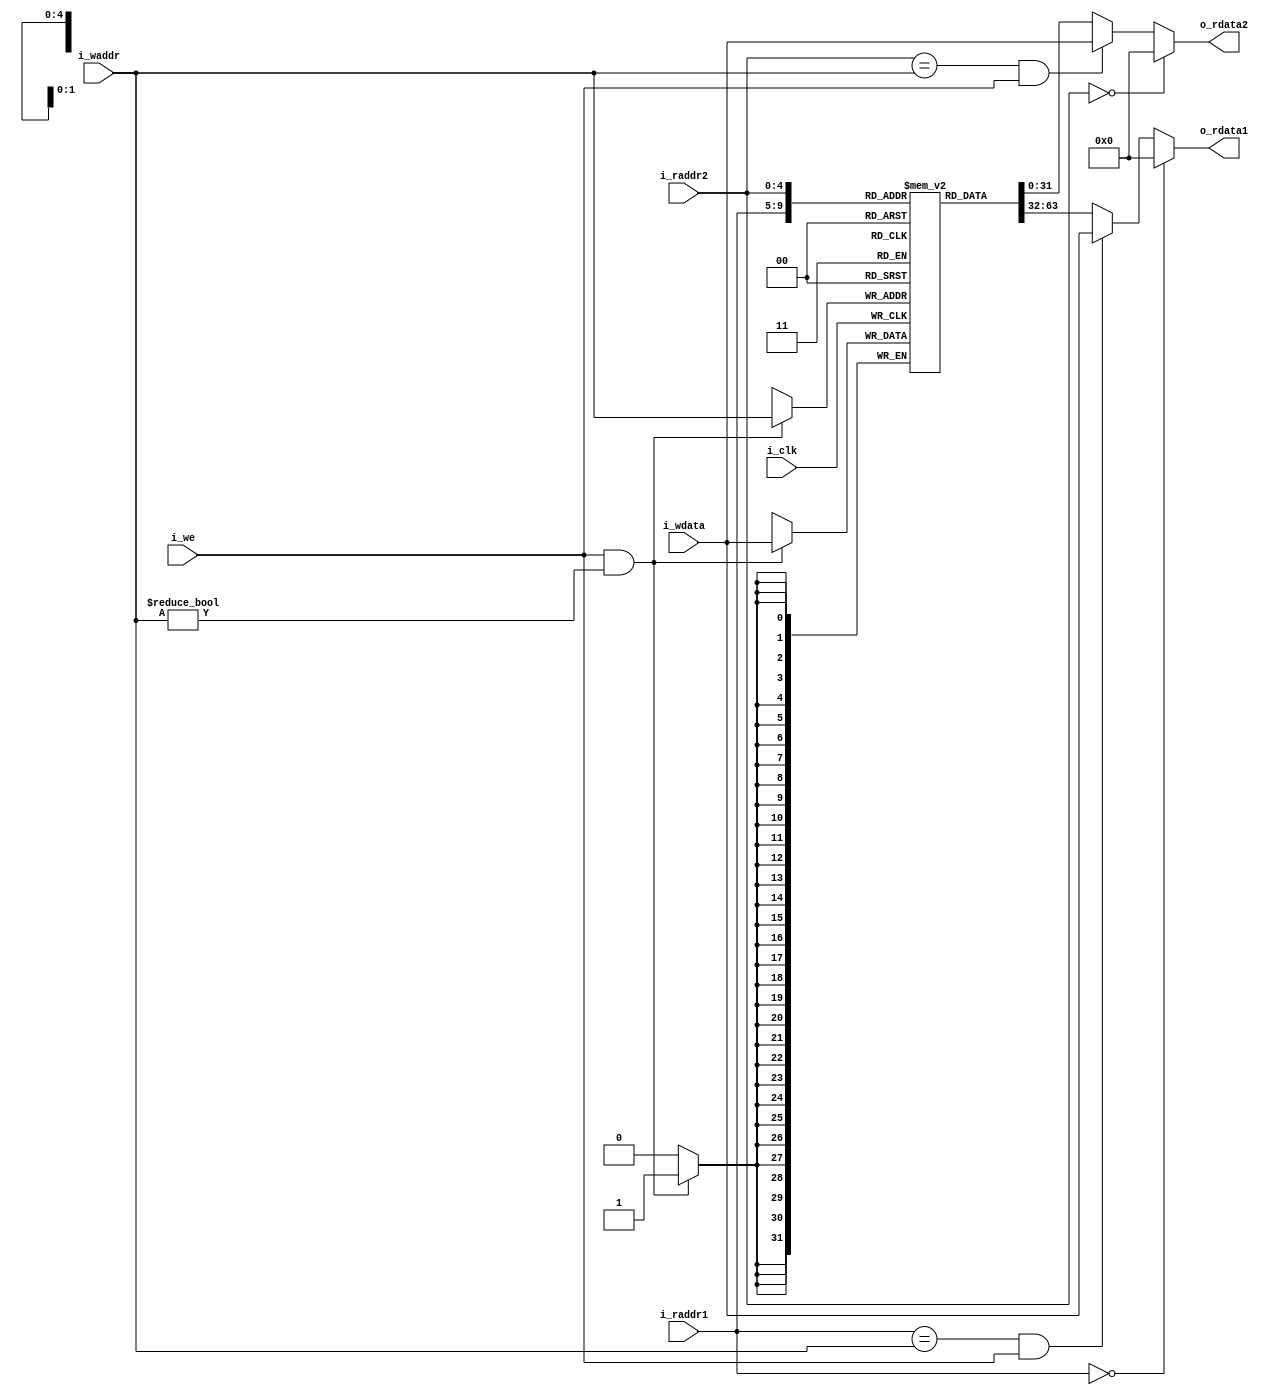

module regFile(i_clk, 
               i_raddr1, 
               i_raddr2, 
               i_waddr, 
               i_wdata, 
               i_we,
               o_rdata1,
               o_rdata2 
               );
               
input           i_clk, i_we;
input   [4:0]   i_raddr1, i_raddr2, i_waddr;
input   [31:0]  i_wdata;           
output  [31:0]  o_rdata1, o_rdata2;


    reg [31:0] mem [0:31];  // 32-bit memory with 32 entries

    reg [31:0] _data1, _data2;

    integer i = 0;
    initial begin
        for (i = 0; i < 32; i = i + 1) begin
            mem[i] = 0;
        end
    end
    
    always @(*) begin
        if (i_raddr1 == 5'd0)
                _data1 = 32'd0;
        else if ((i_raddr1 == i_waddr) && i_we)
                _data1 = i_wdata;
        else
                _data1 = mem[i_raddr1][31:0];
    end

    always @(*) begin
        if (i_raddr2 == 5'd0)
                _data2 = 32'd0;
        else if ((i_raddr2 == i_waddr) && i_we)
                _data2 = i_wdata;
        else
                _data2 = mem[i_raddr2][31:0];
    end

    assign o_rdata1 = _data1;
    assign o_rdata2 = _data2;

    always @(posedge i_clk) begin
        if (i_we && i_waddr != 5'd0) begin
                // write a non $zero register
                mem[i_waddr] <= i_wdata;
        end
    end
        
endmodule